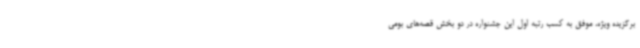
برگزیده ویژه، موفق به کسب رتبه اول این جشنواره در دو بخش قصه‌های بومی